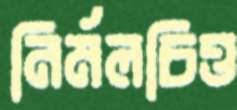
নির্মলচিত্ত